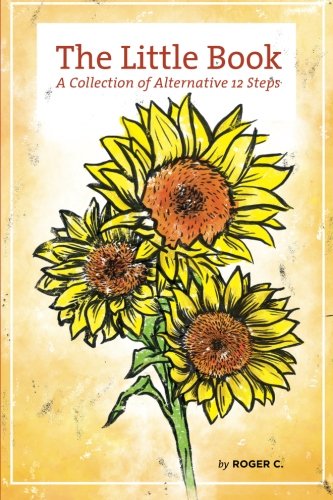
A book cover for The Little Book: A Collection of Alternative 12 Steps; Mr. Roger C.; Health, Fitness & Dieting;